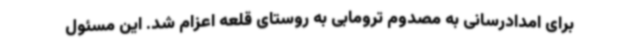
برای امدادرسانی به مصدوم ترومابی به روستای قلعه اعزام شد. این مسئول